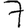
Digit: 7